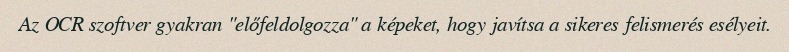
Az OCR szoftver gyakran "előfeldolgozza" a képeket, hogy javítsa a sikeres felismerés esélyeit.